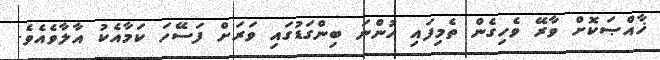
ޚާއްޞަކޮށް ވާރޭ ވެހިގެން ތެމިފައި ހުންނަ ބިންގަޑުގައި ވަރަށް ފަސޭހަ ކަމާއެކު އާލާވެއެވެ.